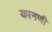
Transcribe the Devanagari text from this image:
कामणी